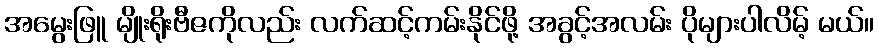
အမွေးဖြူ မျိုးရိုးဗီဇကိုလည်း လက်ဆင့်ကမ်းနိုင်ဖို့ အခွင့်အလမ်း ပိုများပါလိမ့် မယ်။